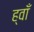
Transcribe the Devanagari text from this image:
ह्वाँ